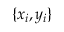
\{ x _ { i } , y _ { i } \}